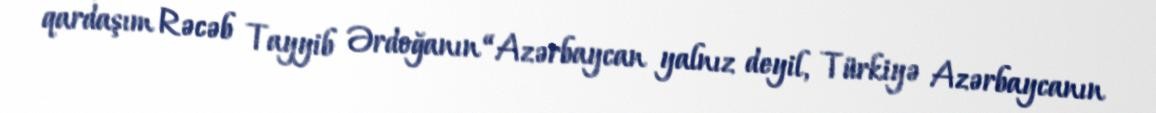
qardaşım Rəcəb Tayyib Ərdoğanın “Azərbaycan yalnız deyil, Türkiyə Azərbaycanın